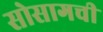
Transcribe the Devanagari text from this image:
सोसागची